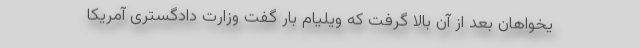
یخواهان بعد از آن بالا گرفت که ویلیام بار گفت وزارت دادگستری آمریکا